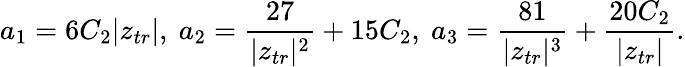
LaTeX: a_{1}=6C_{2}|z_{tr}|\mathrm{,~}a_{2}=\frac{27}{|z_{tr}|^{2}}+15C_{2}\mathrm{,~}a_{3}=\frac{81}{|z_{tr}|^{3}}+\frac{20C_{2}}{|z_{tr}|}.